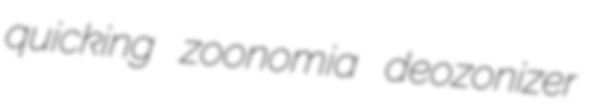
quicking zoonomia deozonizer